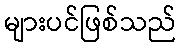
များပင်ဖြစ်သည်